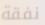
نفقة